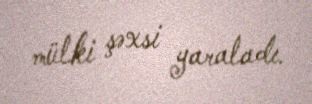
mülki şəxsi yaraladı.